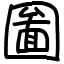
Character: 圗